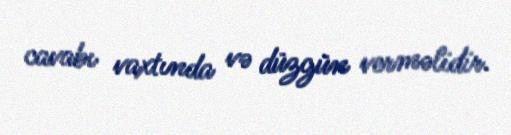
cavabı vaxtında və düzgün verməlidir.